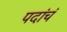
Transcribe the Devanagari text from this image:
पदांचं